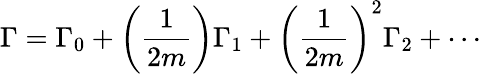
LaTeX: \Gamma=\Gamma_{0}+\left(\frac{1}{2m}\right)\Gamma_{1}+\left(\frac{1}{2m}\right)^{2}\Gamma_{2}+\cdots